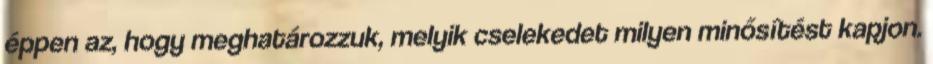
éppen az, hogy meghatározzuk, melyik cselekedet milyen minősítést kapjon.